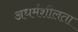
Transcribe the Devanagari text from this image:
अधर्मशीलता